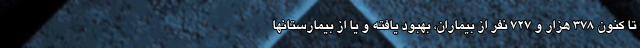
تا کنون ۳۷۸ هزار و ۷۲۷ نفر از بیماران، بهبود یافته و یا از بیمارستانها